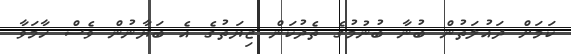
ކަމަށް ދައުލަތުން ބުނާ ބުނުމުގެ ތެދުކަން ޒިޔަތުގެ އެ ބަޔާނުން ވެސް ހާމަވާ